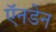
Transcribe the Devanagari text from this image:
ऍनडेन